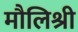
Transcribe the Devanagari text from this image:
मौलिश्री